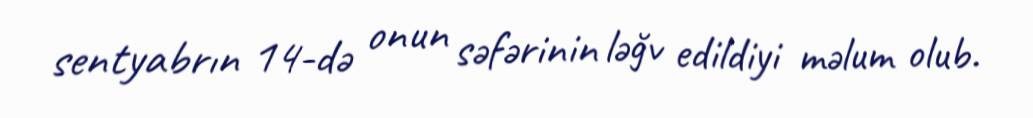
sentyabrın 14-də onun səfərinin ləğv edildiyi məlum olub.